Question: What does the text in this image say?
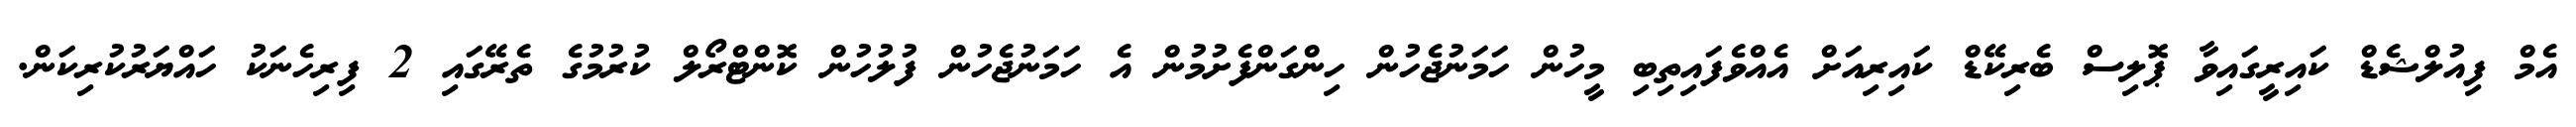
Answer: އެމް ފިއުލްޝެޑް ކައިރީގައިވާ ޕޮލިސް ބެރިކޭޑް ކައިރިއަށް އެއްވެފައިތިބި މީހުން ހަމަނުޖެހުން ހިންގަންފެށުމުން އެ ހަމަނުޖެހުން ފުލުހުން ކޮންޓްރޯލް ކުރުމުގެ ތެރޭގައި 2 ފިރިހެނަކު ހައްޔަރުކުރިކަން.